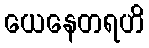
ယေနေတရဟိ